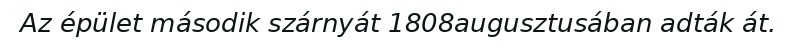
Az épület második szárnyát 1808augusztusában adták át.